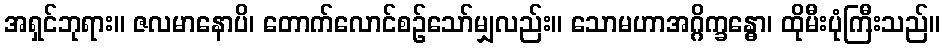
အရှင်ဘုရား။ ဇလမာနောပိ၊ တောက်လောင်စဉ်သော်မျှလည်း။ သောမဟာအဂ္ဂိက္ခန္ဓော၊ ထိုမီးပုံကြီးသည်။